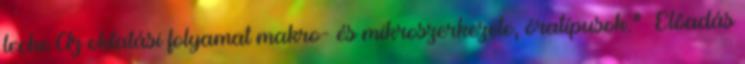
lecke Az oktatási folyamat makro- és mikroszerkezete, óratípusok."— Előadás